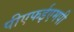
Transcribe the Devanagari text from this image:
पीएफईएमपी